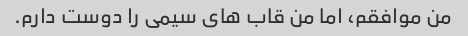
من موافقم، اما من قاب های سیمی را دوست دارم.